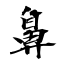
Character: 鼻